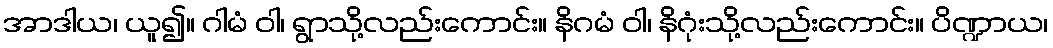
အာဒါယ၊ ယူ၍။ ဂါမံ ဝါ၊ ရွာသို့လည်းကောင်း။ နိဂမံ ဝါ၊ နိဂုံးသို့လည်းကောင်း။ ပိဏ္ဍာယ၊